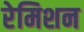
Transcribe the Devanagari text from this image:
रेमिशन